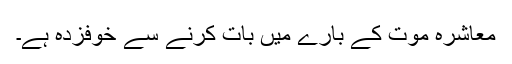
معاشرہ موت کے بارے میں بات کرنے سے خوفزدہ ہے۔